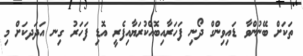
ތަކަށް ބޭނުންވާ ޑައިވިންގް ދޯނި ފަހަރާއިބޮއްކުރަޔާއިފެރީ އޮޑި ފަހަރު ގިނ އަދަދކަށް މި